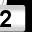
Digit: 2